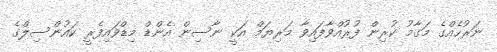
ނަރުހެއްގެ މަގާމު ކުރިން ފުރުއްވާފައިވާ މަރިޔަމް އަކީ ނާސިން އެންޑް މިޑްވައިފެރީ ކައުންސިލްގެ